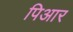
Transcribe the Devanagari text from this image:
पिआर